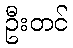
ဦးတင်